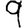
Digit: 9